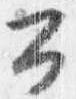
公